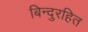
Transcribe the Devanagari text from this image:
बिन्दुरहित